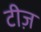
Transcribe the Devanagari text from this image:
टीज़